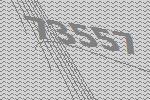
73557